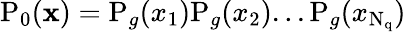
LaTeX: \mathrm P_{0}(\mathbf x)=\mathrm P_{g}(x_{1})\mathrm P_{g}(x_{2})...\mathrm P_{g}(x_{\mathrm{N_{q}}})